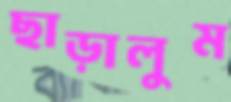
ছাড়ালুম